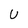
Character: U